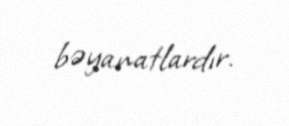
bəyanatlardır.